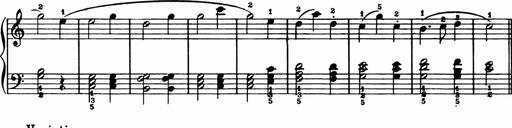
Title: Analytical Sonatinas
Composer: Frank Lynes